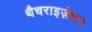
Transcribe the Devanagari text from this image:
थैचराइज़ेशन